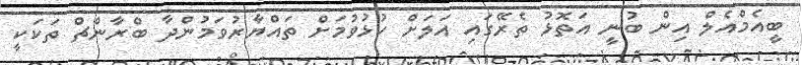
ބީއެމްއެލް އިން ބުނީ އަތޮޅު ތެރޭގައި އަލަށް ހުޅުވުމަށް ތައްޔާރުވަމުންދާ ބްރާންޗް ތަކަކީ